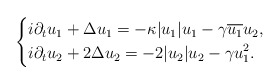
\begin{align*}\left\{\begin{aligned}&i\partial_t u_1 +\Delta u_1 = -\kappa |u_1|u_1 - \gamma \overline{u_1} u_2, \\&i\partial_t u_2 +2\Delta u_2 = -2 |u_2|u_2 - \gamma u_1^2.\end{aligned}\right.\end{align*}